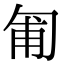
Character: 匍